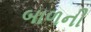
બાળની